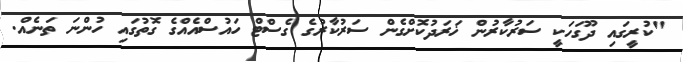
"ކުރީގައި ދޫގަހަކީ ސަރުކާރުން ޚަރަދުކޮށްގެން ސަރުކާރުގެ ގެސްޓް ހައުސްއެއްގެ ގޮތުގައި ހުންނަ ތަނެއް.